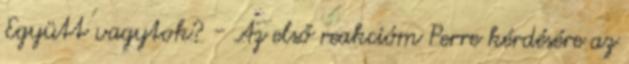
Együtt vagytok? - Az első reakcióm Perre kérdésére az